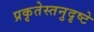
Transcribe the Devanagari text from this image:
प्रकृतेस्तनुदृष्टे